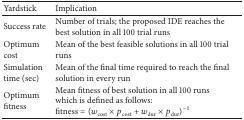
<table><thead><tr><td><b>Yardstick</b></td><td><b>Implication </b></td></tr></thead><tbody><tr><td>Success rate</td><td>Number of trials; the proposed IDE reaches the best solution in all 100 trial runs</td></tr><tr><td>Optimum cost</td><td>Mean of the best feasible solutions in all 100 trial runs</td></tr><tr><td>Simulation time (sec)</td><td>Mean of the final time required to reach the final solution in every run </td></tr><tr><td>Optimum fitness</td><td>Mean fitness of best solution in all 100 runs which is defined as follows: fitness = (<i>w</i><sub>cost</sub> × <i>p</i><sub>cost</sub> + <i>w</i><sub>dur</sub> × <i>p</i><sub>dur</sub>)<sup>−1</sup></td></tr></tbody></table>